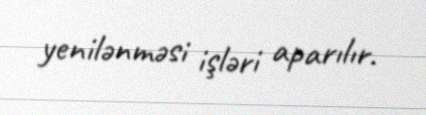
yenilənməsi işləri aparılır.